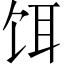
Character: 饵